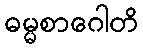
ဓမ္မစာဂေါတိ